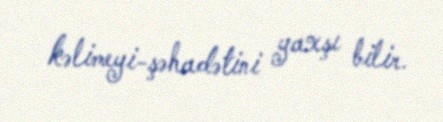
kəlimeyi-şəhadətini yaxşı bilir.